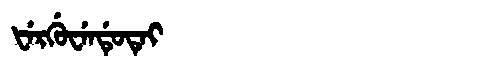
Manchu: ᡶᡝᡵᡤᡠᠸᡝᠨᡩᡠᡨᡝᡳ
Romanization: FERGUWENDUTEI